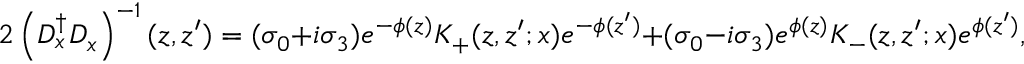
2 \left( D _ { x } ^ { \dagger } D _ { x } \right) ^ { - 1 } ( z , z ^ { \prime } ) = ( \sigma _ { 0 } + i \sigma _ { 3 } ) e ^ { - \phi ( z ) } K _ { + } ( z , z ^ { \prime } ; x ) e ^ { - \phi ( z ^ { \prime } ) } + ( \sigma _ { 0 } - i \sigma _ { 3 } ) e ^ { \phi ( z ) } K _ { - } ( z , z ^ { \prime } ; x ) e ^ { \phi ( z ^ { \prime } ) } ,